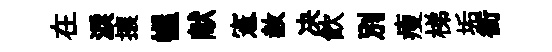
在淚攘幄献憲赦决飮别瘦梯垢銜